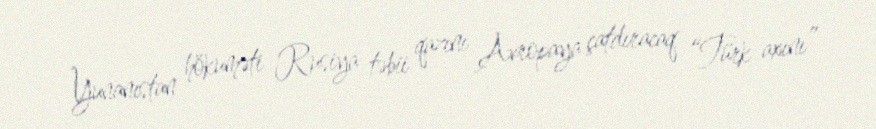
Yunanıstan hökuməti Rusiya təbii qazını Avropaya çatdıracaq “Türk axını”